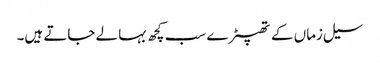
سیل زماں کے تھپیڑے سب کچھ بہا لے جاتے ہیں۔